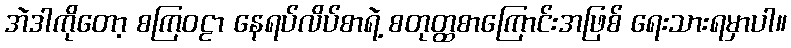
အဲဒါကိုတော့ စကြဝဠာ နေရပ်လိပ်စာရဲ့ စတုတ္ထစာကြောင်းအဖြစ် ရေးသားရမှာပါ။